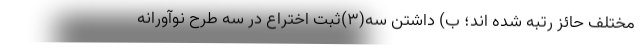
مختلف حائز رتبه شده اند؛ ب) داشتن سه(۳)ثبت اختراع در سه طرح نوآورانه